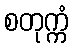
စတုက္ကံ